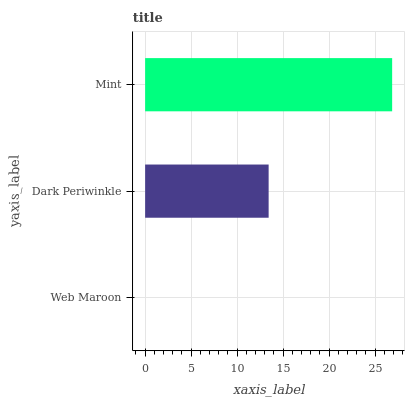
| yaxis_label | bars |
 | --- | --- |
 | Web Maroon | 0 |
 | Dark Periwinkle | 13.4 |
 | Mint | 26.8 |